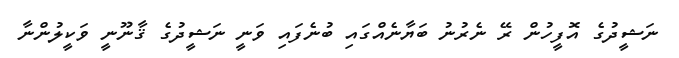
ނަޝީދުގެ އޮފީހުން ރޭ ނެރުނު ބަޔާނެއްގައި ބުނެފައި ވަނީ ނަޝީދުގެ ޤާނޫނީ ވަކީލުންނާ